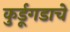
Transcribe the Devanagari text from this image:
कुर्डूगडाचे